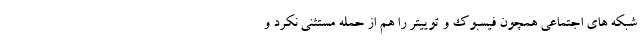
شبکه های اجتماعی همچون فیسبوک و توییتر را هم از حمله مستثنی نکرد و